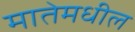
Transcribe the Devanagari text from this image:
मातेमधील